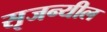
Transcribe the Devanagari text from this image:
सृजन्यील